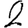
Digit: 2